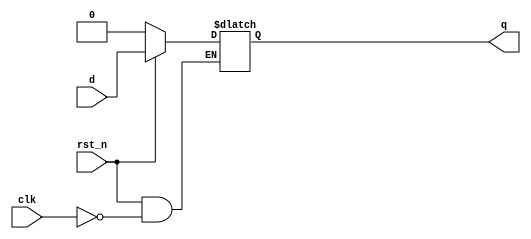
module  d_latch(q, d, clk, rst_n  );
  
  output        q         ;
  input         d         ;
  input         clk       ;
  input         rst_n     ;
  
  reg           q         ;
  
  always  @(d or clk or rst_n)  begin
          if(rst_n == 1'b0) begin
                  q <= 1'b0         ;
          end else begin  //close line#11
                if(clk == 1'b1) begin
                    q <=  d         ;
                end //close line#14
        end //close line #13
      end //close line #10
endmodule




module  dff_asyn(q, d, clk, rst_n );
  
  output        q         ;
  input         d         ;
  input         clk       ;
  input         rst_n     ;
  
  reg           q         ;
  
  always @(posedge clk or negedge rst_n) begin
          if(rst_n == 1'b0) begin
                  q <= 1'b0       ;
          end else begin  //close line #34
                  q <= d          ;
          end //close line #36
        end //close line #33
endmodule




module  dff_syn(q, d, clk, rst_n);
  
  output        q         ;
  input         d         ;
  input         clk       ;
  input         rst_n     ;
  
  reg           q         ;
  
  always  @(posedge clk) begin
          if(rst_n == 1'b0) begin
                q <= 1'b0       ;
          end else begin  //close line #55
                q <= d          ;
          end //close line #57
        end //close line #54
endmodule